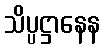
သိပ္ပဋ္ဌာနေန